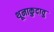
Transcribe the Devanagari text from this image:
थूनाकुदावु